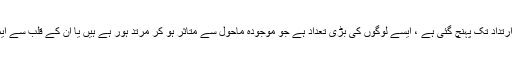
بلکہ میں یہ توکہتاہوں کہ بات ارتداد تک پہنچ گئی ہے ، ایسے لوگوں کی بڑی تعداد ہے جو موجودہ ماحول سے متاثر ہو کر مرتد ہور ہے ہیں یا ان کے قلب سے ایمان کی عظمت نکل چکی ہے ۔